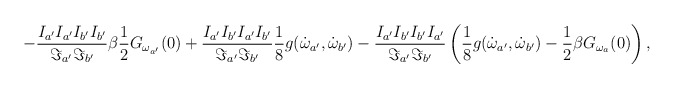
\begin{align*}-\frac{I_{a'}I_{a'}I_{b'}I_{b'}}{\Im_{a'}\Im_{b'}} \beta \frac{1}{2}G_{\omega_{a'}}(0) + \frac{I_{a'}I_{b'}I_{a'}I_{b'}}{\Im_{a'}\Im_{b'}} \frac{1}{8} g(\dot{\omega}_{a'},\dot{\omega}_{b'}) -\frac{I_{a'}I_{b'}I_{b'}I_{a'}}{\Im_{a'}\Im_{b'}} \left( \frac{1}{8} g(\dot{\omega}_{a'},\dot{\omega}_{b'}) - \frac{1}{2}\beta G_{\omega_a}(0)\right) ,\end{align*}